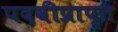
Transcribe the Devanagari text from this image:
पदवीप्राप्त